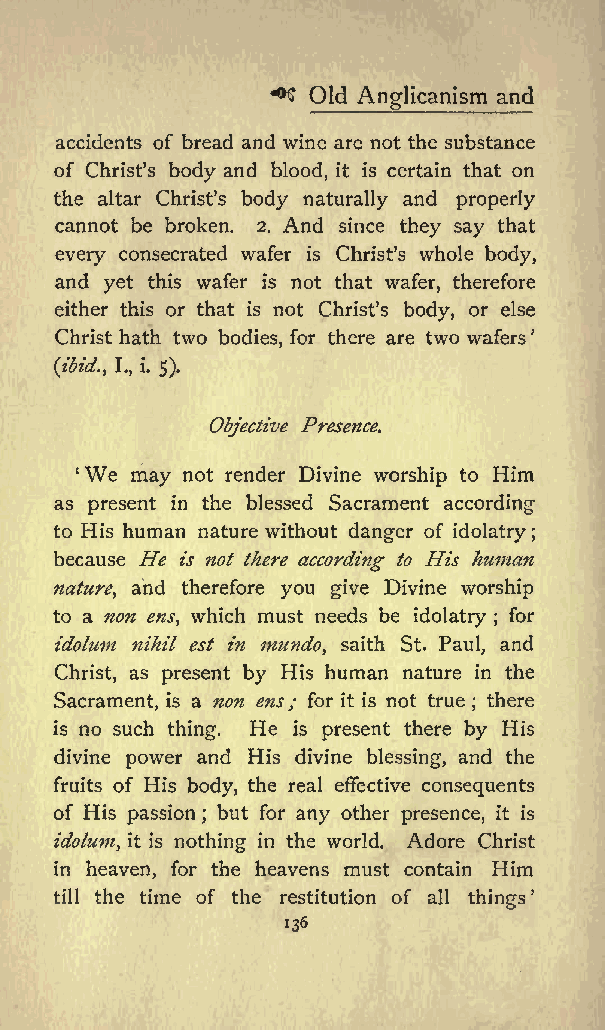
**$ Old Anglicanism and
 accidents of bread and wine are not the substance
 of Christs body and blood, it is certain that on
 the altar Christs body naturally and properly
 cannot be broken. 2. And since they say that
 every consecrated wafer is Christs whole body,
 and yet this wafer is not that wafer, therefore
 either this or that is not Christs body, or else
 Christ hath two bodies, for there are two wafers
 (ibid., I., i. 5).
 Objective Presence.
 We may not render Divine worship to Him
 as present in the blessed Sacrament according
 to His human nature without danger of idolatry
 ;
 because He is not there according to His human
 nature, and therefore you give Divine worship
 to a non ens, which must needs be idolatry ; for
 idolum nihil est in mundo, saith St. Paul, and
 Christ, as present by His human nature in the
 Sacrament, is a non ens; for it is not true
 ;
 there
 is no such thing. He is present there by His
 divine power and His divine blessing, and the
 fruits of His body, the real effective consequents
 of His passion but for any other presence, it is
 ;
 idolum, it is nothing in the world. Adore Christ
 in heaven, for the heavens must contain Him
 till the time of the restitution of all things
 136